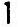
1